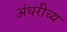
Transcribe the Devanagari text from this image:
अंधरीच्य